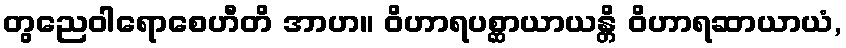
တွညေဝါရောစေဟီတိ အာဟ။ ဝိဟာရပစ္ဆာယာယန္တိ ဝိဟာရဆာယာယံ,